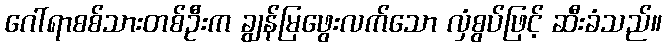
ဂေါ်ရာစစ်သားတစ်ဦးက ချွန်မြဖွေးလက်သော လှံစွပ်ဖြင့် ဆီးခံသည်။